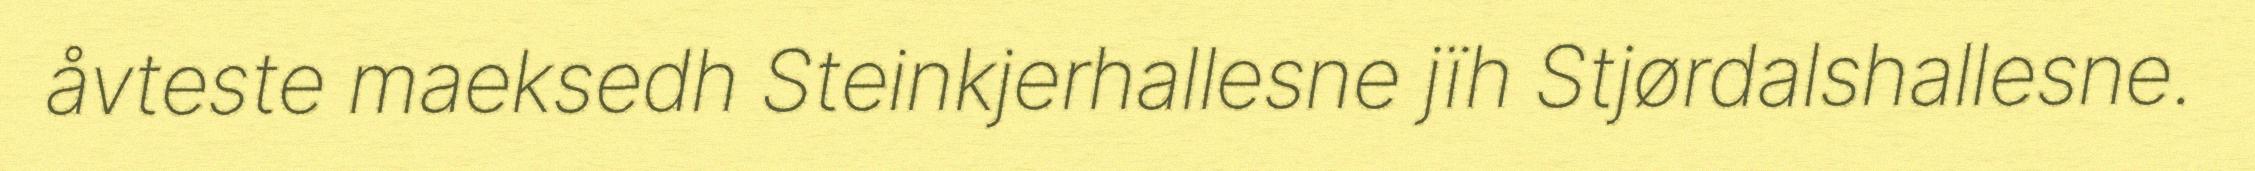
åvteste maeksedh Steinkjerhallesne jïh Stjørdalshallesne.